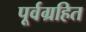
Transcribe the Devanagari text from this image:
पूर्वग्रहित